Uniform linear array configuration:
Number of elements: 4
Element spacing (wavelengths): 0.25
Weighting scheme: uniform
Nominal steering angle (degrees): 60
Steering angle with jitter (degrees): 59.12
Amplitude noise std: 0.05
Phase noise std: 0.05

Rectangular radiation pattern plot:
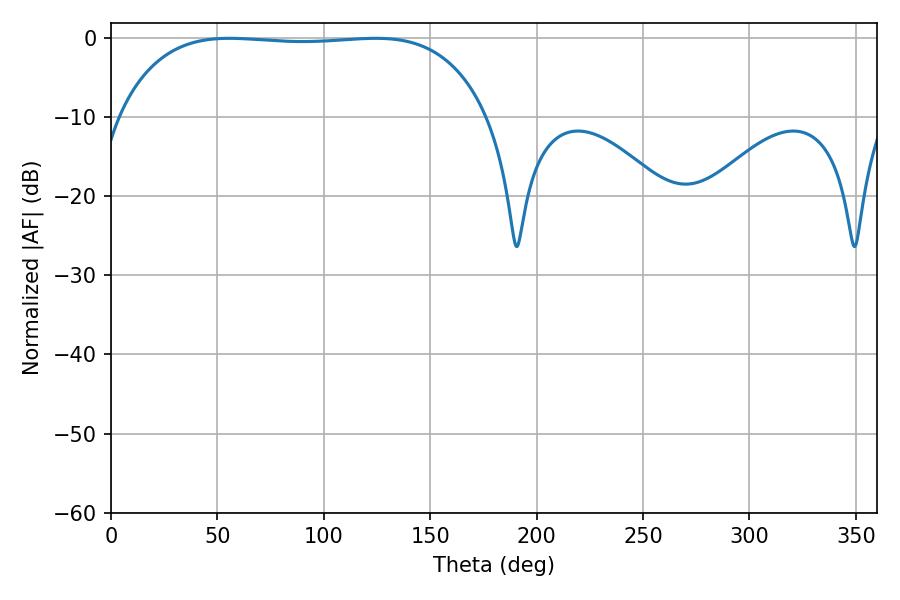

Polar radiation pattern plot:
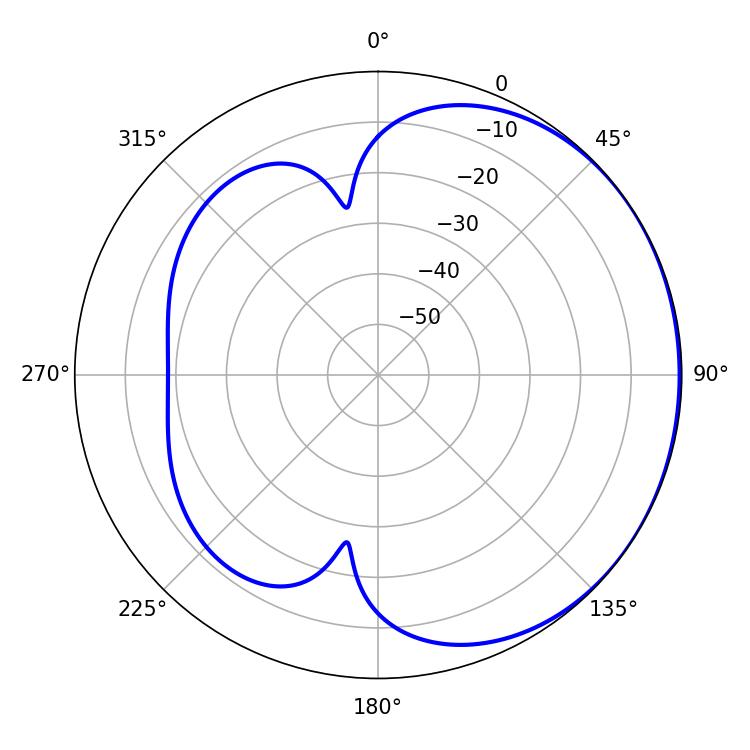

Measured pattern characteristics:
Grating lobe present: FALSE
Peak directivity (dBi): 0.756
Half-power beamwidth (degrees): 136.8
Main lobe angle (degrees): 55.62